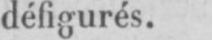
défigurés.